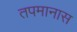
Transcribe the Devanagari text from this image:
तपमानास